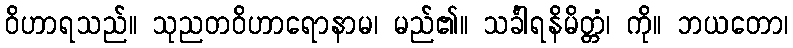
ဝိဟာရသည်။ သုညတဝိဟာရောနာမ၊ မည်၏။ သင်္ခါရနိမိတ္တံ၊ ကို။ ဘယတော၊